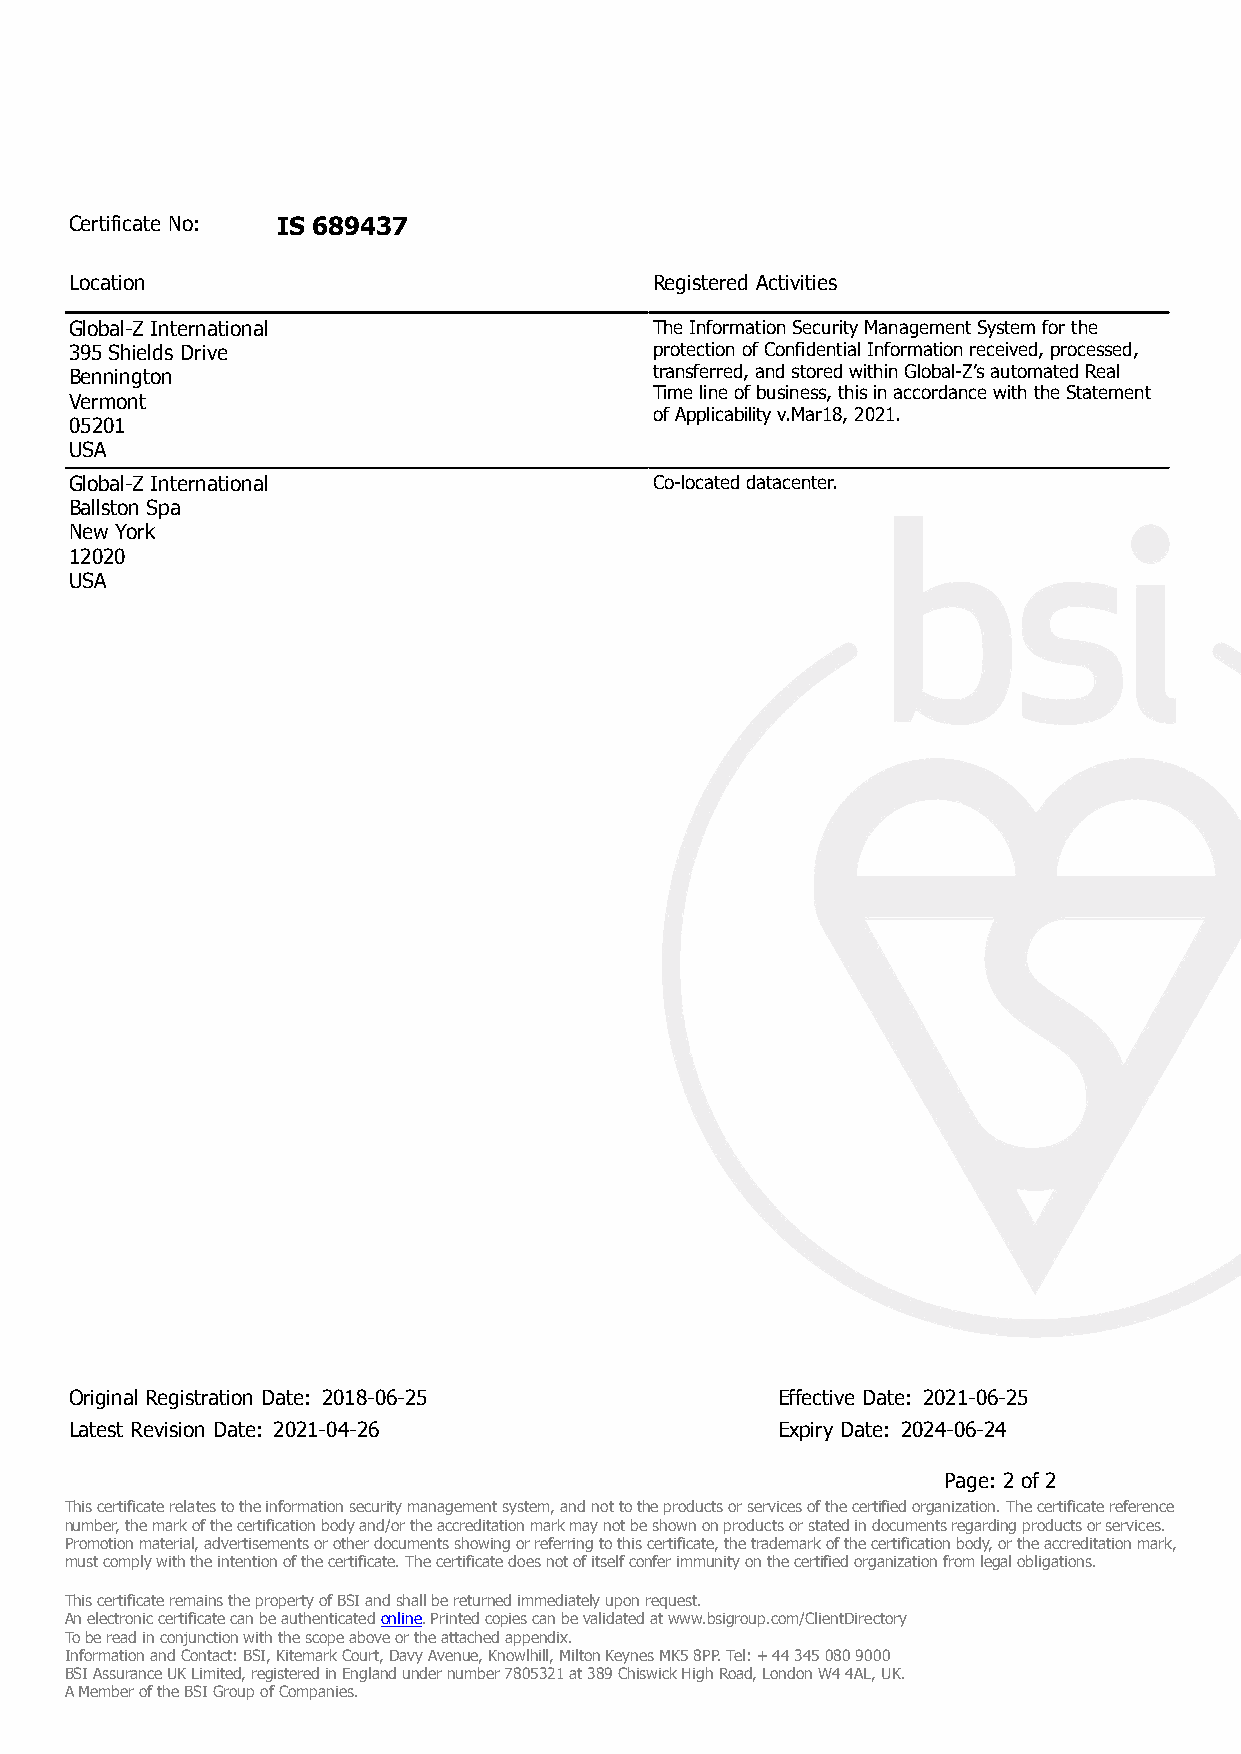
Certificate No: IS 689437
 Location                              Registered Activities
 Global-Z International                The Information Security Management System for the
 395 Shields Drive                     protection of Confidential Information received, processed,
 Bennington                            transferred, and stored within Global-Z’s automated Real
 Time line of business, this in accordance with the Statement
 Vermont
 of Applicability v.Mar18, 2021.
 05201
 USA
 Global-Z International                Co-located datacenter.
 Ballston Spa
 New York
 12020
 USA
 Original Registration Date: 2018-06-25        Effective Date: 2021-06-25
 Latest Revision Date: 2021-04-26              Expiry Date: 2024-06-24
 Page: 2 of 2
 This certificate relates to the information security management system, and not to the products or services of the certified organization. The certificate reference
 number, the mark of the certification body and/or the accreditation mark may not be shown on products or stated in documents regarding products or services.
 Promotion material, advertisements or other documents showing or referring to this certificate, the trademark of the certification body, or the accreditation mark,
 must comply with the intention of the certificate. The certificate does not of itself confer immunity on the certified organization from legal obligations.
 This certificate remains the property of BSI and shall be returned immediately upon request.
 An electronic certificate can be authenticated online. Printed copies can be validated at www.bsigroup.com/ClientDirectory
 To be read in conjunction with the scope above or the attached appendix.
 Information and Contact: BSI, Kitemark Court, Davy Avenue, Knowlhill, Milton Keynes MK5 8PP. Tel: + 44 345 080 9000
 BSI Assurance UK Limited, registered in England under number 7805321 at 389 Chiswick High Road, London W4 4AL, UK.
 A Member of the BSI Group of Companies.